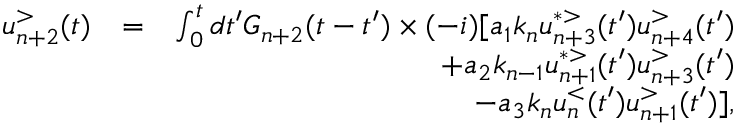
\begin{array} { r l r } { u _ { n + 2 } ^ { > } ( t ) } & { = } & { \int _ { 0 } ^ { t } d t ^ { \prime } G _ { n + 2 } ( t - t ^ { \prime } ) \times ( - i ) [ a _ { 1 } k _ { n } u _ { n + 3 } ^ { * > } ( t ^ { \prime } ) u _ { n + 4 } ^ { > } ( t ^ { \prime } ) } \\ & { } & { + a _ { 2 } k _ { n - 1 } u _ { n + 1 } ^ { * > } ( t ^ { \prime } ) u _ { n + 3 } ^ { > } ( t ^ { \prime } ) } \\ & { } & { - a _ { 3 } k _ { n } u _ { n } ^ { < } ( t ^ { \prime } ) u _ { n + 1 } ^ { > } ( t ^ { \prime } ) ] , } \end{array}